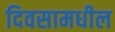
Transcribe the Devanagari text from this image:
दिवसामधील